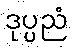
ဒုပ္ပညံ